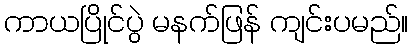
ကာယပြိုင်ပွဲ မနက်ဖြန် ကျင်းပမည်။